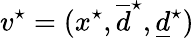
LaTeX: v^{\star}=(x^{\star},\overline{d}^{\star},\underline{d}^{\star})